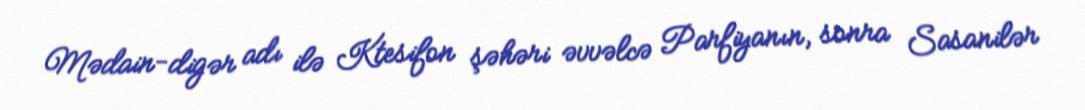
Mədain-digər adı ilə Ktesifon şəhəri əvvəlcə Parfiyanın, sonra Sasanilər